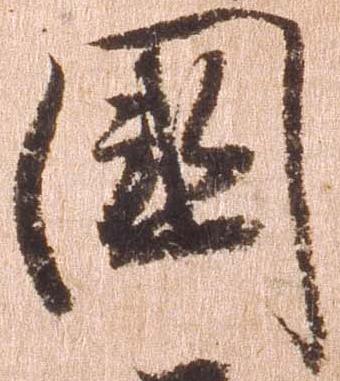
国